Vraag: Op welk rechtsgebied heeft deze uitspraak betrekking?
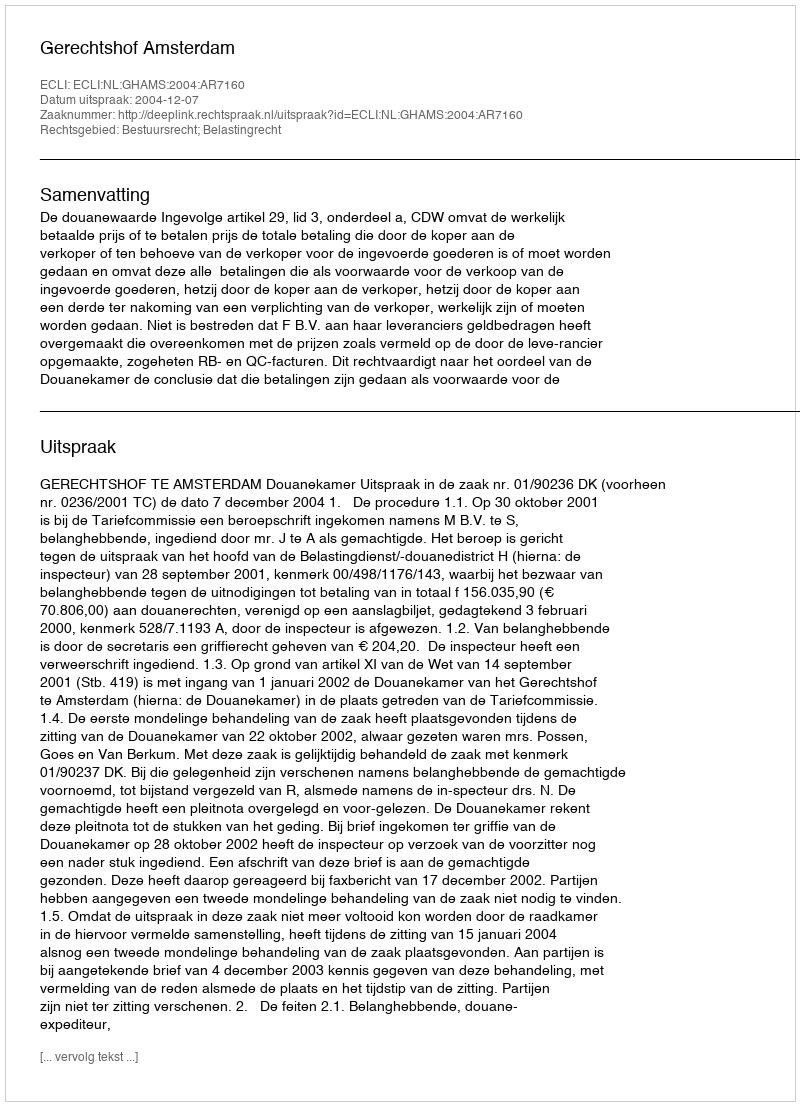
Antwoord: Bestuursrecht; Belastingrecht